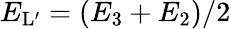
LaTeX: {E}_{\mathrm{L}^{\prime}}=(E_{3}+E_{2})/2